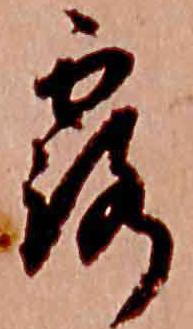
露